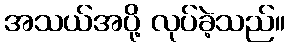
အသယ်အပို့ လုပ်ခဲ့သည်။